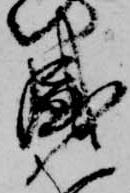
盛